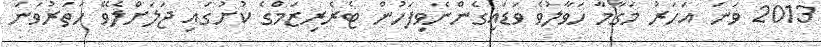
2013 ވަނަ އަހަރު މަގާމާ ހަވާލުވެ ވަޑައިގެންނެވިފަހުން ޓެރެރިޒަމްގެ ކުށުގައި ޖަލަށްލެވޭ ހަތަރުވަނަ